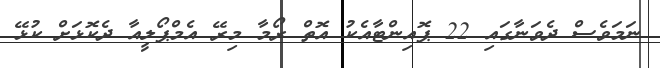
ނަމަވެސް ދެވަނާގައި 22 ޕޮއިންޓާއެކު އޮތް ރޯމާ މިރޭ އެމްޕޯލީއާ ދެކޮޅަށް ކުޅޭ